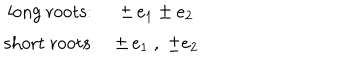
LaTeX: \begin{array} { c c } { { \mathrm { l o n g ~ r o o t s : } } } & { { \pm \, e _ { 1 } \pm e _ { 2 } } } \\ { { \mathrm { s h o r t ~ r o o t s : } } } & { { \pm \, e _ { 1 } ~ , \; \pm e _ { 2 } } } \\ \end{array}